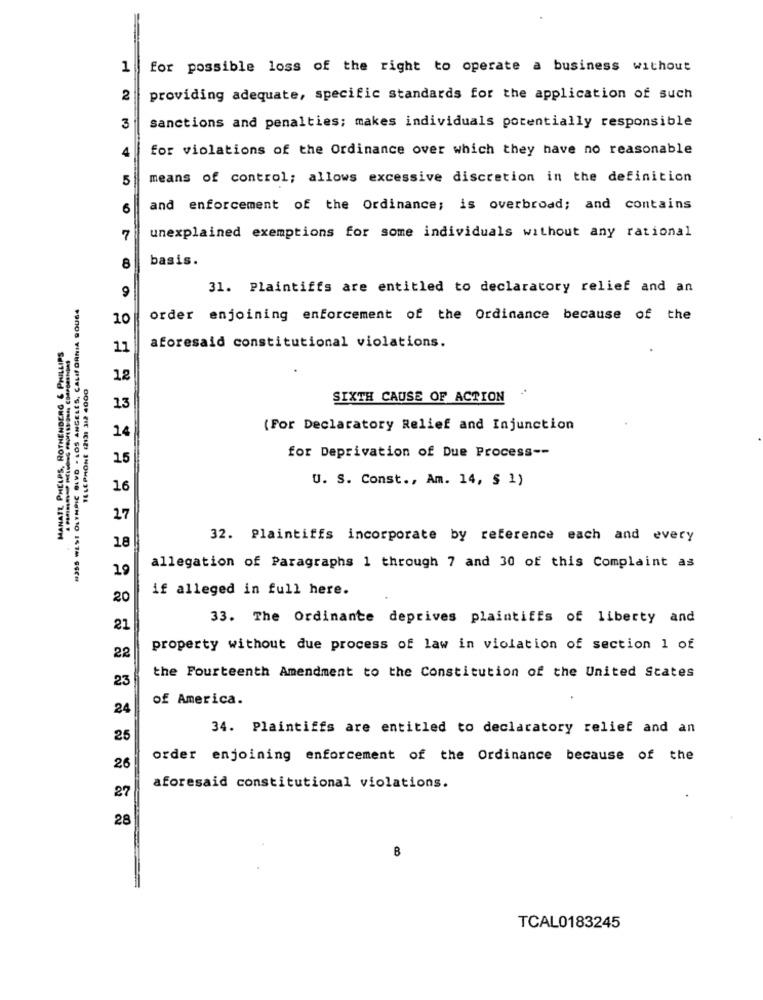
1
for possible loss of the right to operate a business without
2
providing adequate, specific standards for the application of such
3
sanctions and penalties; makes individuals potentially responsible
4
for violations of the Ordinance over which they have no reasonable
5
means of control; allows excessive discretion in the definition
6
and enforcement of the Ordinance; is overbroad; and contains
7
unexplained exemptions for some individuals without any rational
basis.
8
31. Plaintiffs are entitled to declaratory relief and an
#355 WEST OLYMPIC BLVD . LOS ANGELES, CALIFORNIA 9OU64
10
order enjoining enforcement of the Ordinance because of the
MANATT PHELPS, ROTHENDERG & PHILLIPS
11
aforesaid constitutional violations.
TELEPHONE (2131 312 4000
12
SIXTH CAUSE OF ACTION
13
(For Declaratory Relief and Injunction
14
15
for Deprivation of Due Process --
U. S. Const ., Am. 14, § 1)
16
27
32. Plaintiffs incorporate by reference each and every
18
19
allegation of Paragraphs 1 through 7 and 30 of this Complaint as
if alleged in full here.
20
33. The Ordinante deprives plaintiffs of liberty and
21
property without due process of law in violation of section 1 of
22
23
the Fourteenth Amendment to the Constitution of the United States
of America.
24
34. Plaintiffs are entitled to declaratory relief and an
25
order enjoining enforcement of the Ordinance because of the
26
27
aforesaid constitutional violations.
28
8
TCAL0183245